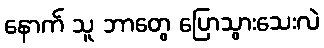
နောက် သူ ဘာတွေ ပြောသွားသေးလဲ